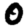
Digit: 0